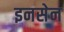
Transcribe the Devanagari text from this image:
इनसेन